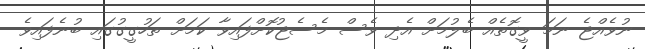
ނުވެއްޖެ ނަމަ ވީގޮތެއް ބެލުމަށް އެދި ވެސް މެސެޖުކޮށްފައިވާ ކަމަށް ތަހުގީގުގައި ބުނެފައިވެ